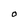
Character: O